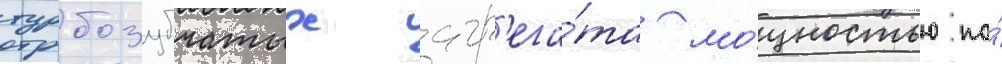
турбозубчатых агр'ега́та мо́щностью по́